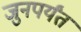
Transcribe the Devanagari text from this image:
जुनपर्यंत